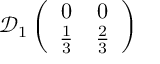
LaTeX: \mathcal { D } _ { 1 } \left( \begin{array} { c c } { { 0 } } & { { 0 } } \\ { { \frac { 1 } { 3 } } } & { { \frac { 2 } { 3 } } } \end{array} \right)